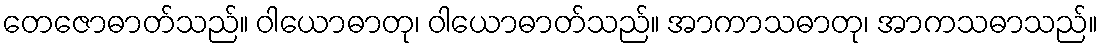
တေဇောဓာတ်သည်။ ဝါယောဓာတု၊ ဝါယောဓာတ်သည်။ အာကာသဓာတု၊ အာကသဓာသည်။